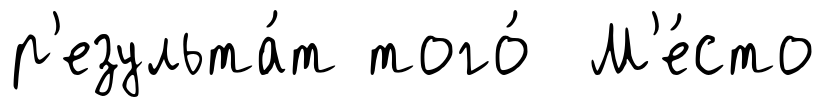
р'езульта́т того́ М'е́сто